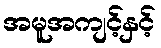
အမူအကျင့်နှင့်